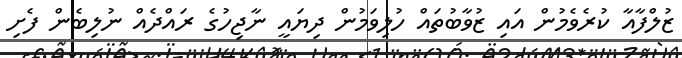
ޒުލްފާއާ ކުރެވެމުން އައި ޒުވާބުތައް ހުލިވަމުން ދިޔައީ ނާޖިހުގެ ރައްދެއް ނުލިބެން ފެށި